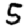
Digit: 5